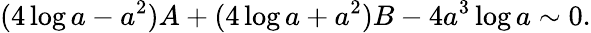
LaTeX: (4\log a-a^{2})A+(4\log a+a^{2})B-4a^{3}\log a\sim 0.